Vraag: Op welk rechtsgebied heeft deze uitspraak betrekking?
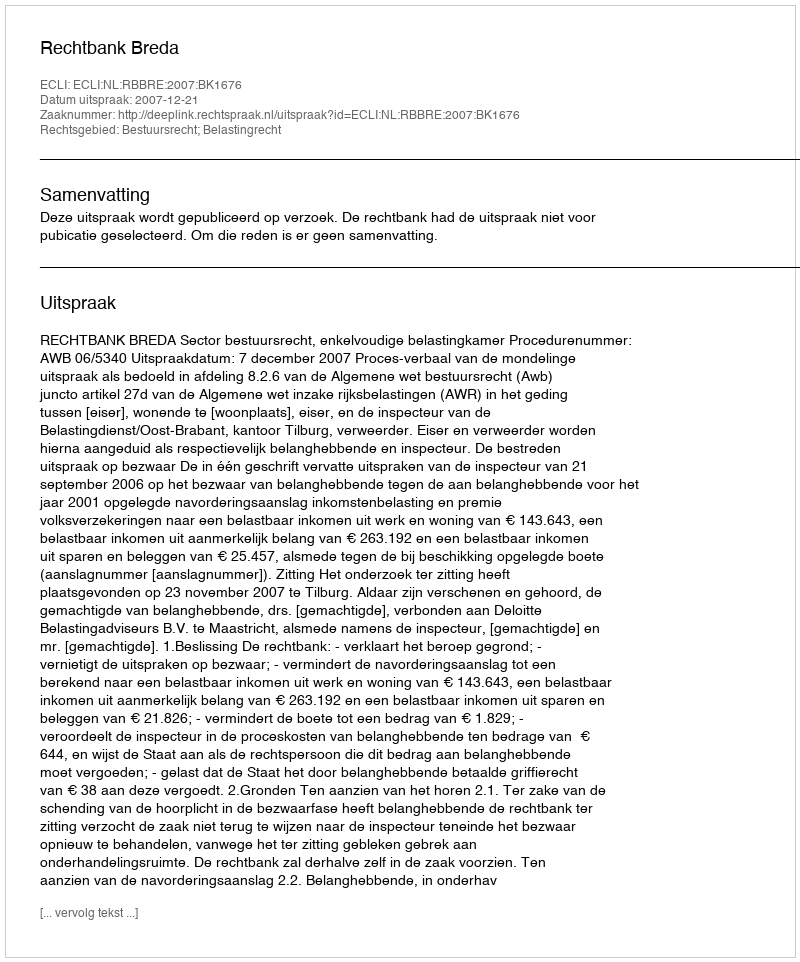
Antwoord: Bestuursrecht; Belastingrecht